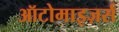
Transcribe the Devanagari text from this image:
ऑटोमाइज़र्स